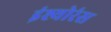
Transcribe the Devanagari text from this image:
इंश्योरंस